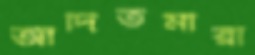
আদিতমারী